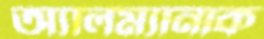
অ্যালম্যানাক